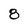
Character: 8